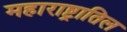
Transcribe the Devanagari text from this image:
महाराष्ट्रातिल